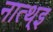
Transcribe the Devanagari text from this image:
नात्थ्इ